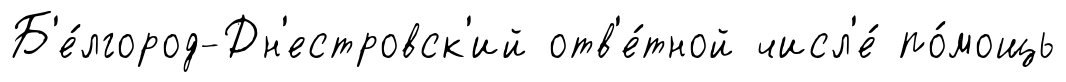
Б'е́лгород-Дн'естровск'ий отв'е́тной числ'е́ по́мощь